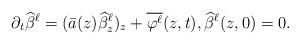
LaTeX: \begin{align*} \partial_t \widehat \beta^{\ell} = (\bar a(z)\widehat \beta^{\ell}_z)_z +\overline{\varphi^{\ell}}(z,t), \widehat \beta^{\ell}(z,0)=0.\end{align*}